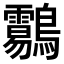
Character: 𪈑